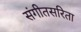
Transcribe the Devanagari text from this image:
संगीतसरिता